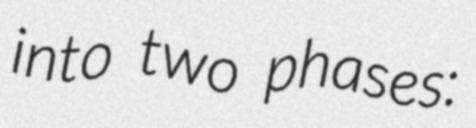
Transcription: into two phases: